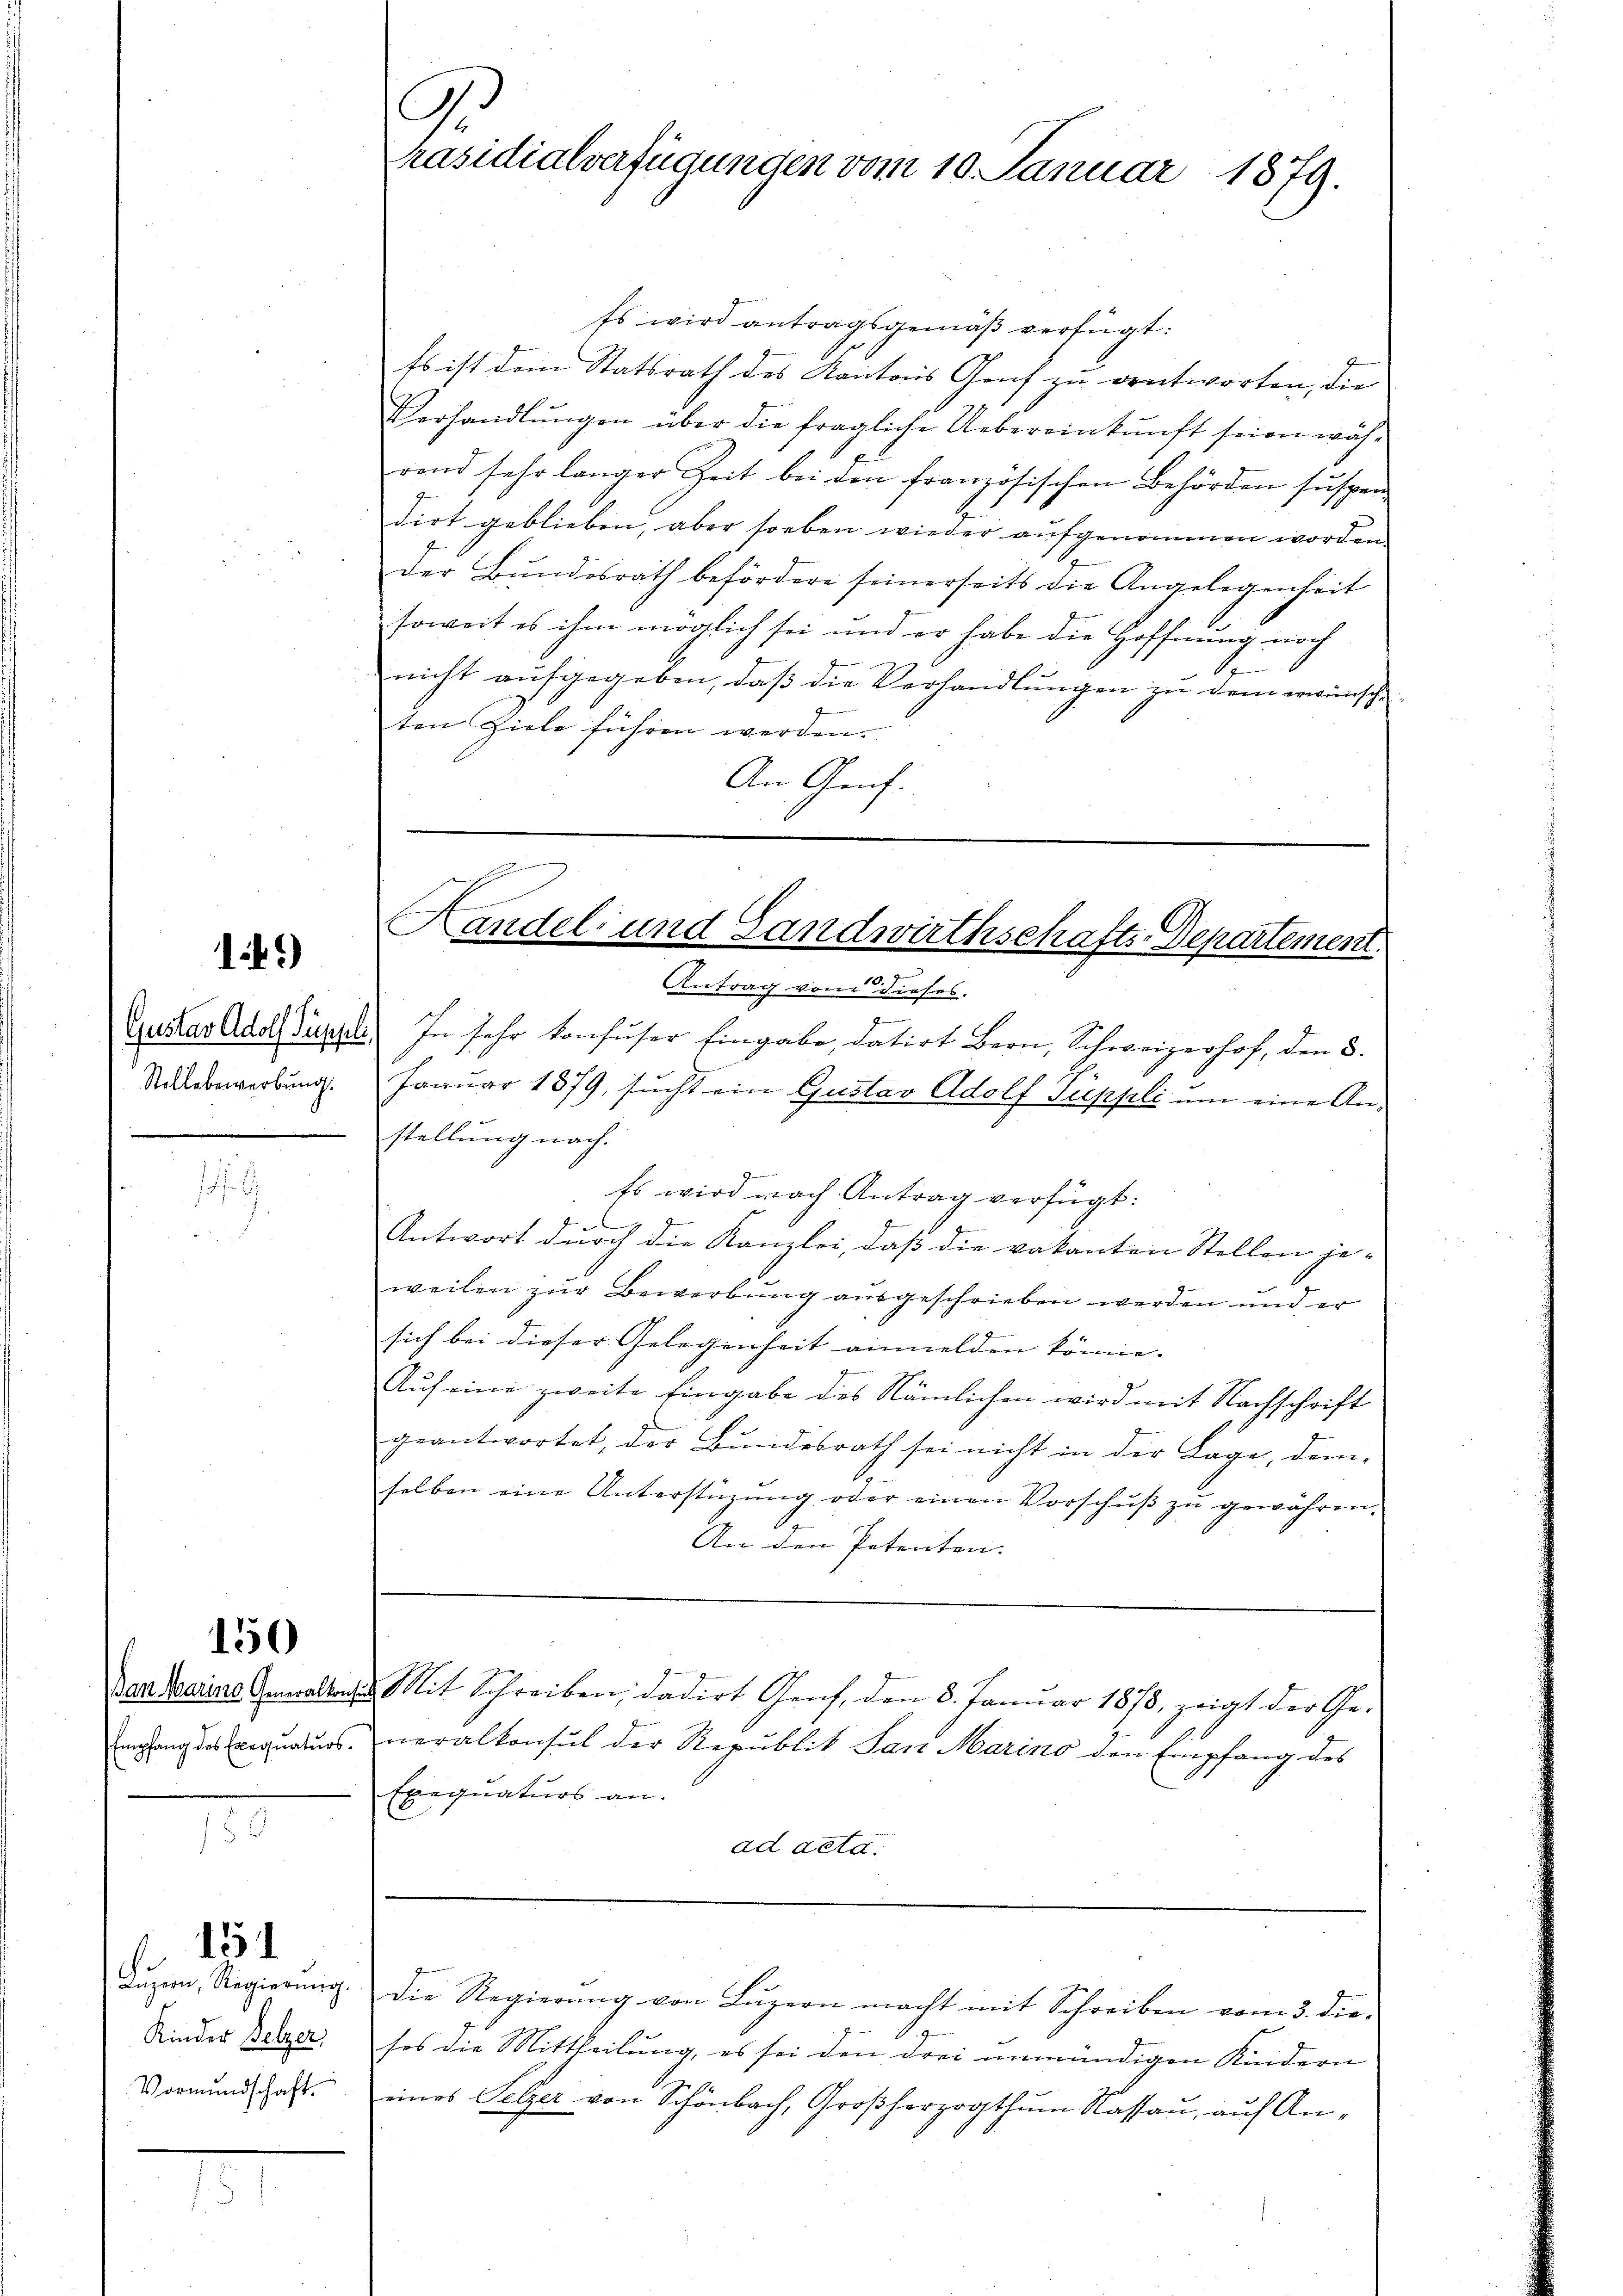
14.)

Stellebewerbung.

i

150

Empfang des Exequaturs.

Lŭzern, Regierung.
Kinder Pelzer,
Vormundschaft

151

Es wird antragsgemäß verfügt:
Es ist dem Statsrath des Kantons Genf zu antworten, die
Verhandlŭngen über die fragliche Uebereinkunft seien während sehr langer Zeit bei den französischen Behörden suspen-
dirt geblieben, aber soeben wieder aufgenommen worden.
der Bundesrath befördere seinerseits die Angelegenheit
soweit es ihm möglich sei und er habe die Hoffnung noch
e
nicht aufgegeben, daß die Verhandlungen zu dem erwünsche
ten Ziele führen werden.
An Genf.

G.
Präsidialverfügungen vom 10. Januar 1879.

Handel und Landwirthschafts-Departement
.
10.
Antrag von dieses

z
Gustav Adolf Suppl. In sehr konfuser Eingabe, datirt Bern, Schweizerhof, den 8.
Januar 1879, sucht ein Gustav Adolf Suppli um eine Anstellung nach.
Es wird nach Antrag verfügt:
Antwort durch die Kanzlei, daß die vakanten Stellen je-
weilen zur Bewerbung ausgeschrieben werden und er
sich bei dieser Gelegenheit anmelden könne. |
Auf eine zweite Eingabe des Nämlichen wird mit Nachschrift
geantwortet, der Bundesrath sei nicht in der Lage, dem
selben eine Unterstüzung oder einen Vorschŭβ zŭ gewähren.
An den Petenten.
Pendaire Gewaltes Mit Schreiben, dadirt Genf, den 8. Januar 1878, zeigt der Generalkonsul der Republik San Marino den Empfang des
Exequaturs an.
ad acta

Die Regierung von Luzern macht mit Schreiben vom 3. diesos die Mittheilung, es sei den drei unmündigen Kindern
eines Selzer von Schönbach, Großherzogthum Nassau, auf An¬